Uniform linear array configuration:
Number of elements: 48
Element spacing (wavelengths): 0.5
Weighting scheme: kaiser
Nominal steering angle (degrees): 60
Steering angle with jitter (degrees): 60.264
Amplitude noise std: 0.05
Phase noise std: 0.05

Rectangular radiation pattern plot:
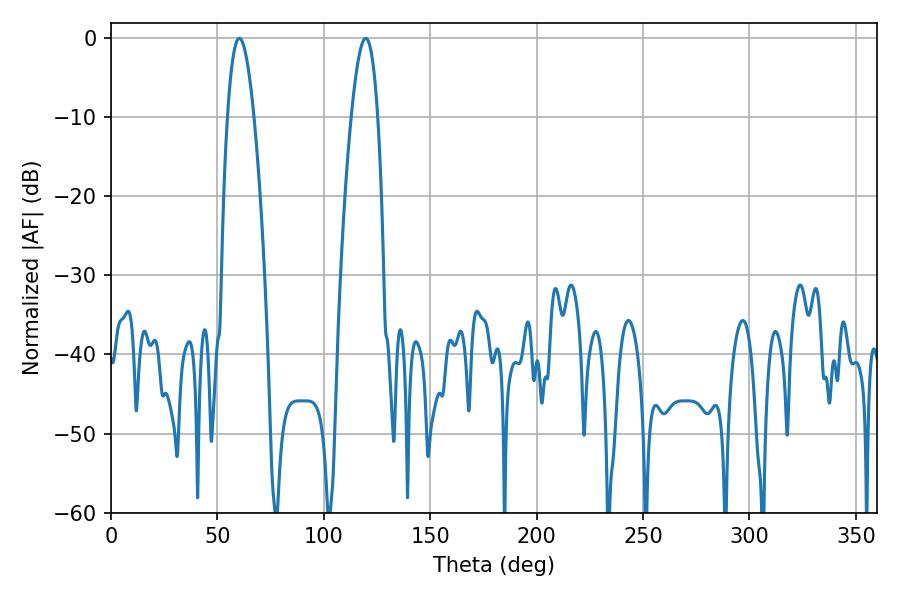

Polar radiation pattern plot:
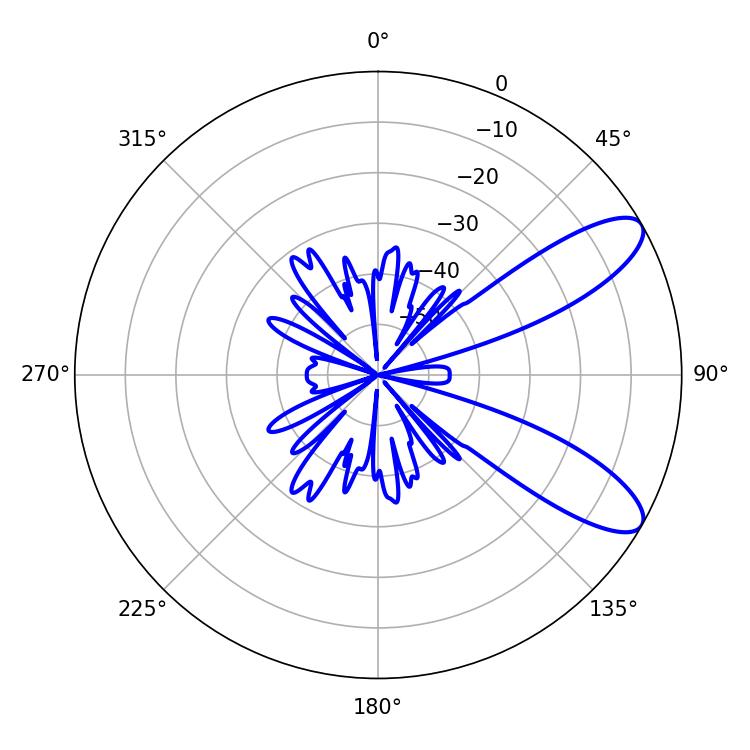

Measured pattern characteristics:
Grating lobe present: FALSE
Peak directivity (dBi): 9.516
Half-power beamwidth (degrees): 6.84
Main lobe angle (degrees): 60.3